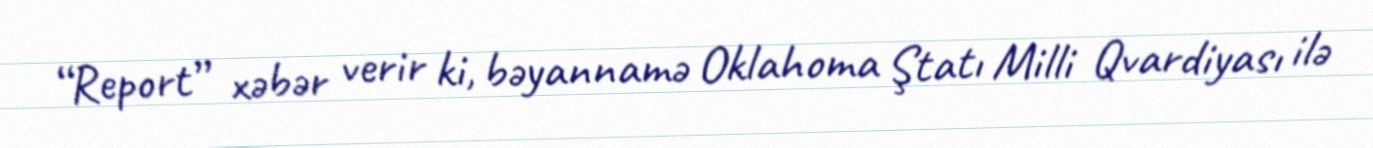
“Report” xəbər verir ki, bəyannamə Oklahoma Ştatı Milli Qvardiyası ilə